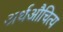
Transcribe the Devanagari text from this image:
अर्थऔचित्य